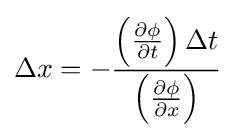
\Delta x=-{\frac {\left({\frac {\partial \phi }{\partial t}}\right)\Delta t}{\left({\frac {\partial \phi }{\partial x}}\right)}}